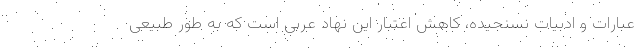
عبارات و ادبیات نسنجیده، کاهش اعتبار این نهاد عربی است که به طور طبیعی